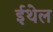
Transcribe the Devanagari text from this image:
ईथेल